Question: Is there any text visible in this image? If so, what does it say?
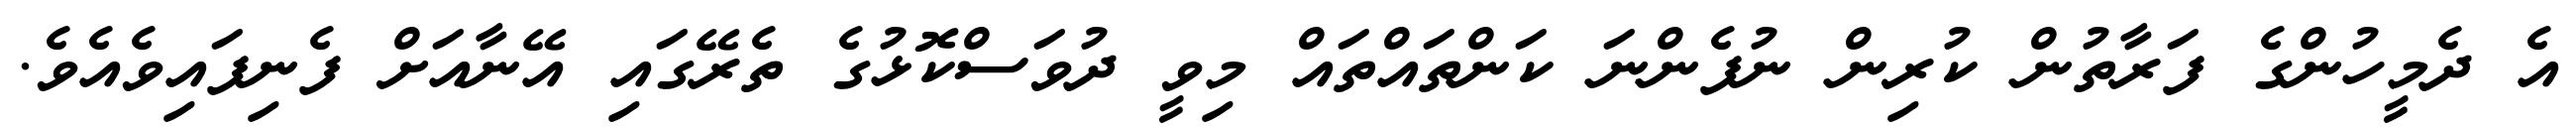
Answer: އެ ދެމީހުންގެ ފަރާތުން ކުރިން ނުފެންނަ ކަންތައްތައް މިވީ ދުވަސްކޮޅުގެ ތެރޭގައި އޭނާއަށް ފެނިފައިވެއެވެ.